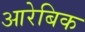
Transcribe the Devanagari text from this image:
आरेबिक